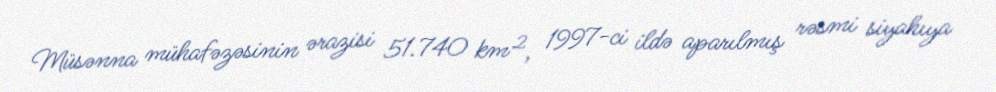
Müsənna mühafəzəsinin ərazisi 51.740 km², 1997-ci ildə aparılmış rəsmi siyahıya